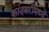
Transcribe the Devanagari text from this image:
कांदबरीमध्ये